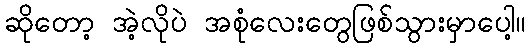
ဆိုတော့ အဲ့လိုပဲ အစုံလေးတွေဖြစ်သွားမှာပေါ့။